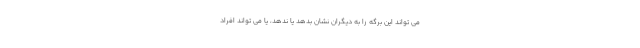
می تواند این برگه را به دیگران نشان بدهد یا ندهد، یا می تواند افراد